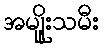
အမျိူးသမီး